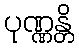
ပုဏ္ဏန္တိ